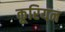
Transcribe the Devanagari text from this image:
कूरियन